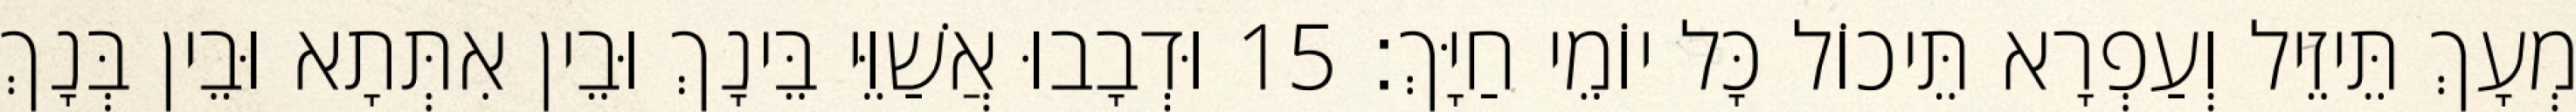
מְעָךְ תֵּיזֵיל וְעַפְרָא תֵּיכוֹל כָּל יוֹמֵי חַיָּךְ׃ 15 וּדְבָבוּ אֲשַׁוֵּי בֵּינָךְ וּבֵין אִתְּתָא וּבֵין בְּנָךְ